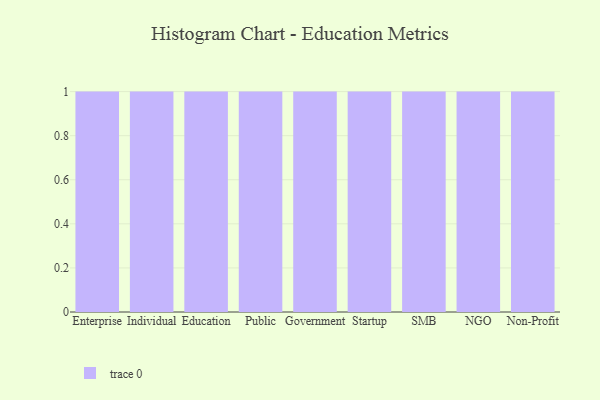
{"axis": {"x": "Segment", "y": "Market Share (%)"}, "legend": [""], "data": [{"x": "Enterprise", "y": 22, "type": ""}, {"x": "Individual", "y": 65, "type": ""}, {"x": "Education", "y": 27, "type": ""}, {"x": "Public", "y": 56, "type": ""}, {"x": "Government", "y": 87, "type": ""}, {"x": "Startup", "y": 59, "type": ""}, {"x": "SMB", "y": 45, "type": ""}, {"x": "NGO", "y": 98, "type": ""}, {"x": "Non-Profit", "y": 86, "type": ""}]}